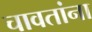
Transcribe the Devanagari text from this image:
चावतांना